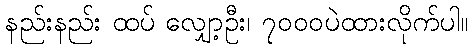
နည်းနည်း ထပ် လျှော့ဦး၊ ၇၀၀၀ပဲထားလိုက်ပါ။